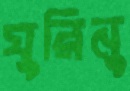
ঘুরিনু